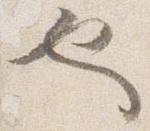
也